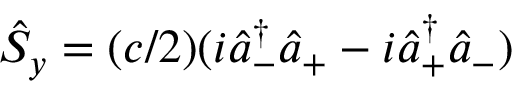
\hat { S } _ { y } = ( c / 2 ) ( i \hat { a } _ { - } ^ { \dagger } \hat { a } _ { + } - i \hat { a } _ { + } ^ { \dagger } \hat { a } _ { - } )